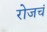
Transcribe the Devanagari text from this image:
रोजचं